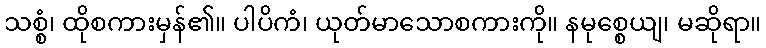
သစ္စံ၊ ထိုစကားမှန်၏။ ပါပိကံ၊ ယုတ်မာသောစကားကို။ နမုစ္စေယျ၊ မဆိုရာ။